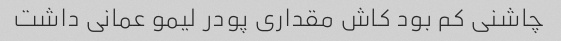
چاشنی کم بود کاش مقداری پودر لیمو عمانی داشت